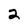
Character: 2